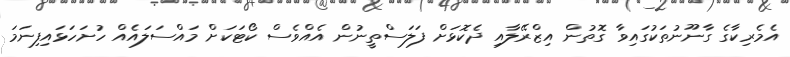
އެމެރިކާގެ ގާނޫނުތަކުގައިވާ ގޮތުން އިޒްރޭލާއި ދެކޮޅަށް ފަލަސްތީނުން އެއްވެސް ކޯޓަކަށް މައްސަލައެއް ހުށަހަޅައިފިނަމަ